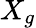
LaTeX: X_{g}